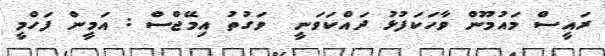
ރައީސް މައުމޫން ވާހަކަފުޅު ދައްކަވަނީ  ވަގުތު އިމޭޖްސް : އަމީން ފަހްމީ